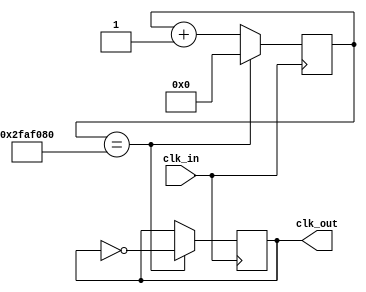
module clock_divider 
#(parameter INIT=0)
(
  input clk_in,
  output reg clk_out = 0
);

/* count = (clk_in / clk_out) */
/* Ejemplo 1 */
/* count = 25E6 = 25000000 = (25E6 Mhz)/(1 Hz) */
/* SIZE = 2^25 = 33.5E6 lo contiene */
/* Ejemplo 2 */
/* count = (50E6 Mhz)/(1 Hz) = 50E6 = 50000000 */
/* SIZE = 2^26 = 67.5E6 lo contiene */

parameter SIZE = 26; 
parameter LIMIT = 26'd50000000;

reg [SIZE-1:0] count = INIT;

always@(posedge clk_in)
begin
  if(count == LIMIT)
  begin
    count <= 0;
    clk_out <= ~clk_out;
  end
  else
  begin
    count <= count + 1;
  end
end

endmodule